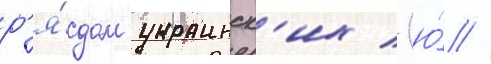
р'я́дом украинск'их (ю́ //